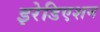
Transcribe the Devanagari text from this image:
इरेडिएशन